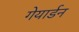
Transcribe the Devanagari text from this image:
गेयार्डन